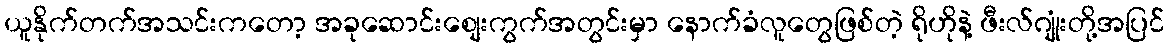
ယူနိုက်တက်အသင်းကတော့ အခုဆောင်းစျေးကွက်အတွင်းမှာ နောက်ခံလူတွေဖြစ်တဲ့ ရိုဟိုနဲ့ ဖီးလ်ဂျုံးတို့အပြင်